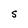
Character: S